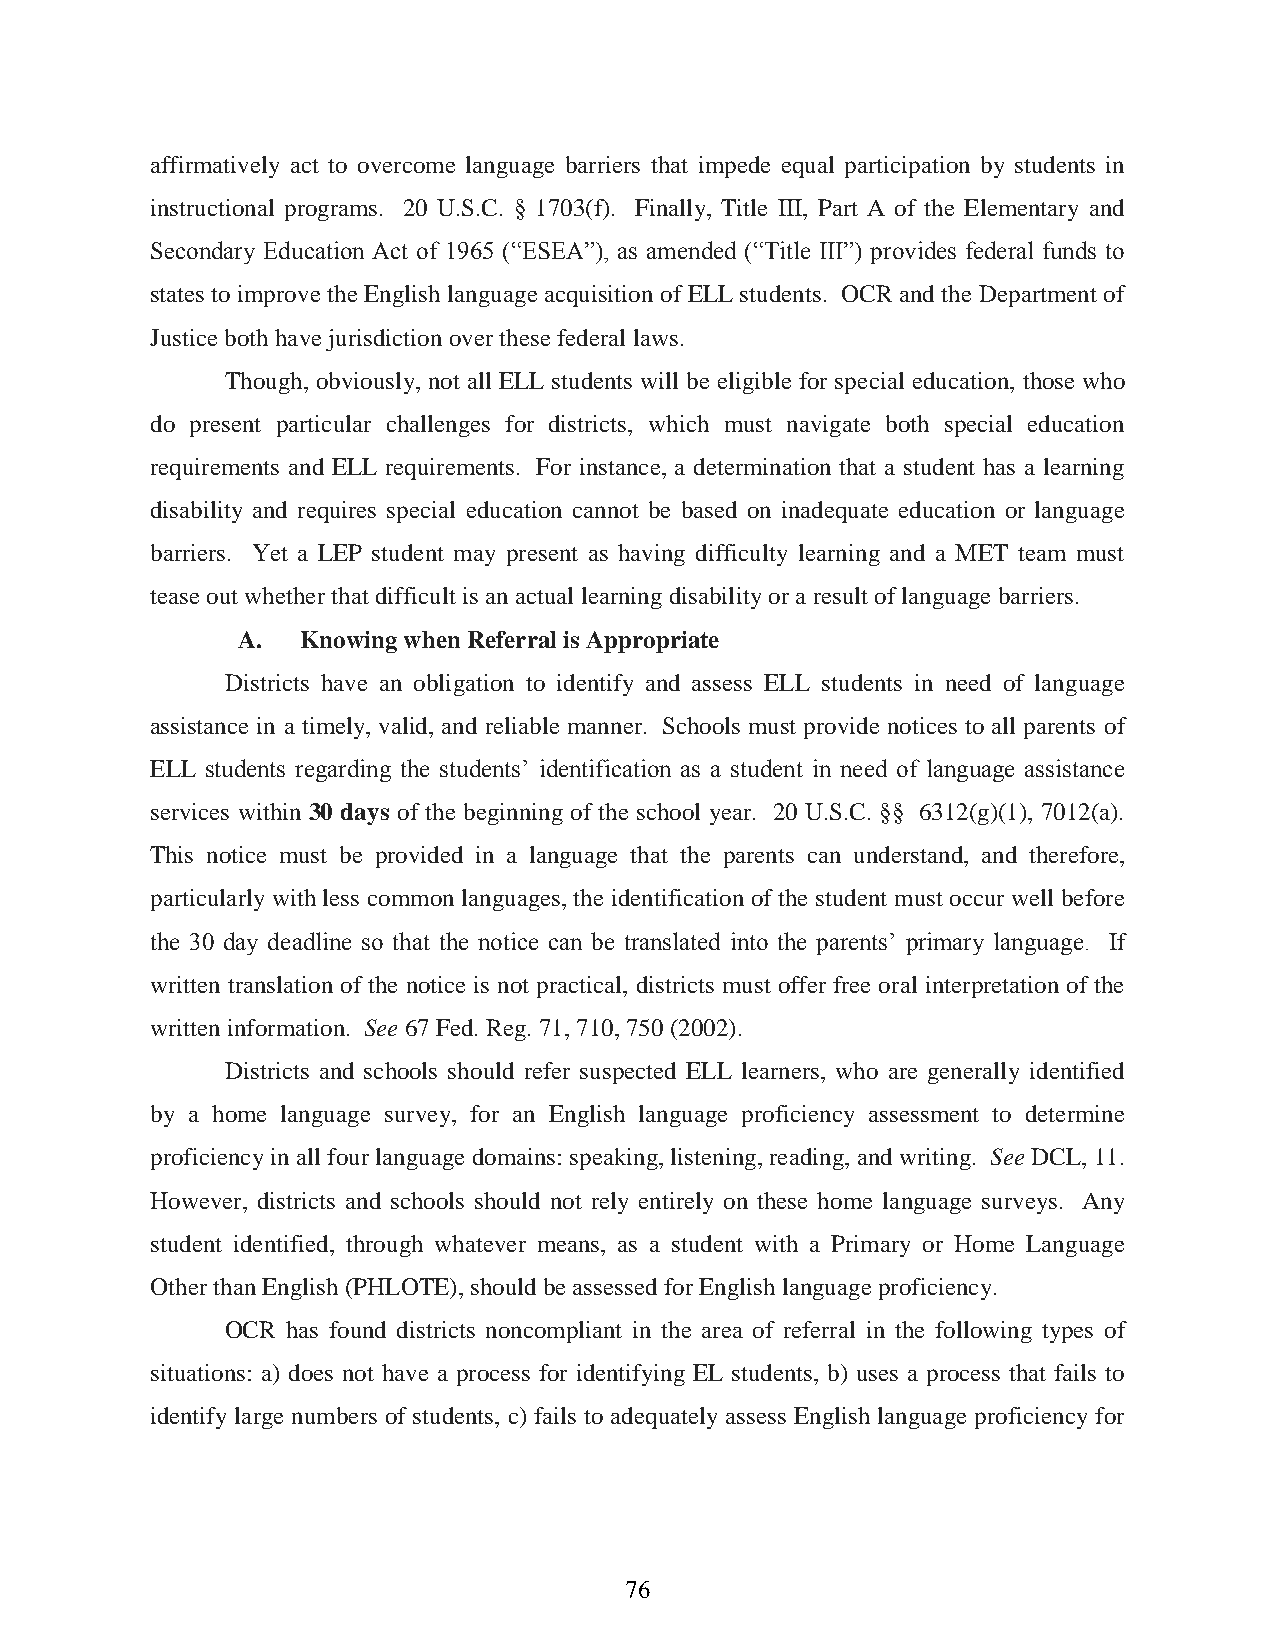
affirmatively act to overcome language barriers that impede equal participation by students in
 instructional programs. 20 U.S.C. § 1703(f). Finally, Title III, Part A of the Elementary and
 Secondary Education Act of 1965 (“ESEA”), as amended (“Title III”) provides federal funds to
 states to improve the English language acquisition of ELL students. OCR and the Department of
 Justice both have jurisdiction over these federal laws.
 Though, obviously, not all ELL students will be eligible for special education, those who
 do present particular challenges for districts, which must navigate both special education
 requirements and ELL requirements. For instance, a determination that a student has a learning
 disability and requires special education cannot be based on inadequate education or language
 barriers. Yet a LEP student may present as having difficulty learning and a MET team must
 tease out whether that difficult is an actual learning disability or a result of language barriers.
 A.  Knowing when Referral is Appropriate
 Districts have an obligation to identify and assess ELL students in need of language
 assistance in a timely, valid, and reliable manner. Schools must provide notices to all parents of
 ELL students regarding the students’ identification as a student in need of language assistance
 services within 30 days of the beginning of the school year. 20 U.S.C. §§ 6312(g)(1), 7012(a).
 This notice must be provided in a language that the parents can understand, and therefore,
 particularly with less common languages, the identification of the student must occur well before
 the 30 day deadline so that the notice can be translated into the parents’ primary language. If
 written translation of the notice is not practical, districts must offer free oral interpretation of the
 written information. See 67 Fed. Reg. 71, 710, 750 (2002).
 Districts and schools should refer suspected ELL learners, who are generally identified
 by a home language survey, for an English language proficiency assessment to determine
 proficiency in all four language domains: speaking, listening, reading, and writing. SeeDCL, 11.
 However, districts and schools should not rely entirely on these home language surveys. Any
 student identified, through whatever means, as a student with a Primary or Home Language
 Other than English (PHLOTE), should be assessed for English language proficiency.
 OCR has found districts noncompliant in the area of referral in the following types of
 situations: a) does not have a process for identifying EL students, b) uses a process that fails to
 identify large numbers of students, c) fails to adequately assess English language proficiency for
 76